Indian journal of veterinary science and animal husbandry - Volume 11,
Year: 1941
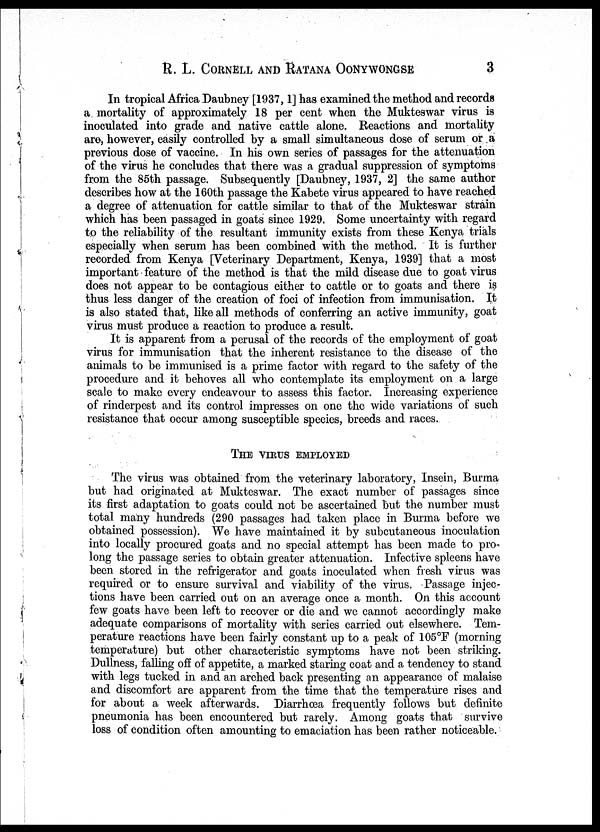
R. L. CORNELL AND RATANA OONYWONGSE 3
In tropical Africa Daubney [1937, 1] has examined the method and records
a mortality of approximately 18 per cent when the Mukteswar virus is
inoculated into grade and native cattle alone. Reactions and mortality
are, however, easily controlled by a small simultaneous dose of serum or a
previous dose of vaccine. In his own series of passages for the attenuation
of the virus he concludes that there was a gradual suppression of symptoms
from the 85th passage. Subsequently [Daubney, 1937, 2] the same author
describes how at the 160th passage the Kabete virus appeared to have reached
a degree of attenuation for cattle similar to that of the Mukteswar strain
which has been passaged in goats since 1929. Some uncertainty with regard
to the reliability of the resultant immunity exists from these Kenya trials
especially when serum has been combined with the method. It is further
recorded from Kenya [Veterinary Department, Kenya, 1939] that a most
important feature of the method is that the mild disease due to goat virus
does not appear to be contagious either to cattle or to goats and there is
thus less danger of the creation of foci of infection from immunisation. It
is also stated that, like all methods of conferring an active immunity, goat
virus must produce a reaction to produce a result.
It is apparent from a perusal of the records of the employment of goat
virus for immunisation that the inherent resistance to the disease of the
animals to be immunised is a prime factor with regard to the safety of the
procedure and it behoves all who contemplate its employment on a large
scale to make every endeavour to assess this factor. Increasing experience
of rinderpest and its control impresses on one the wide variations of such
resistance that occur among susceptible species, breeds and races.
THE VIRUS EMPLOYED
The virus was obtained from the veterinary laboratory, Insein, Burma
but had originated at Mukteswar. The exact number of passages since
its first adaptation to goats could not be ascertained but the number must
total many hundreds (290 passages had taken place in Burma before we
obtained possession). We have maintained it by subcutaneous inoculation
into locally procured goats and no special attempt has been made to pro-
long the passage series to obtain greater attenuation. Infective spleens have
been stored in the refrigerator and goats inoculated when fresh virus was
required or to ensure survival and viability of the virus. Passage injec-
tions have been carried out on an average once a month. On this account
few goats have been left to recover or die and we cannot accordingly make
adequate comparisons of mortality with series carried out elsewhere. Tem-
perature reactions have been fairly constant up to a peak of 105°F (morning
temperature) but other characteristic symptoms have not been striking.
Dullness, falling off of appetite, a marked staring coat and a tendency to stand
with legs tucked in and an arched back presenting an appearance of malaise
and discomfort are apparent from the time that the temperature rises and
for about a week afterwards. Diarrhœa frequently follows but definite
pneumonia has been encountered but rarely. Among goats that survive
loss of condition often amounting to emaciation has been rather noticeable.